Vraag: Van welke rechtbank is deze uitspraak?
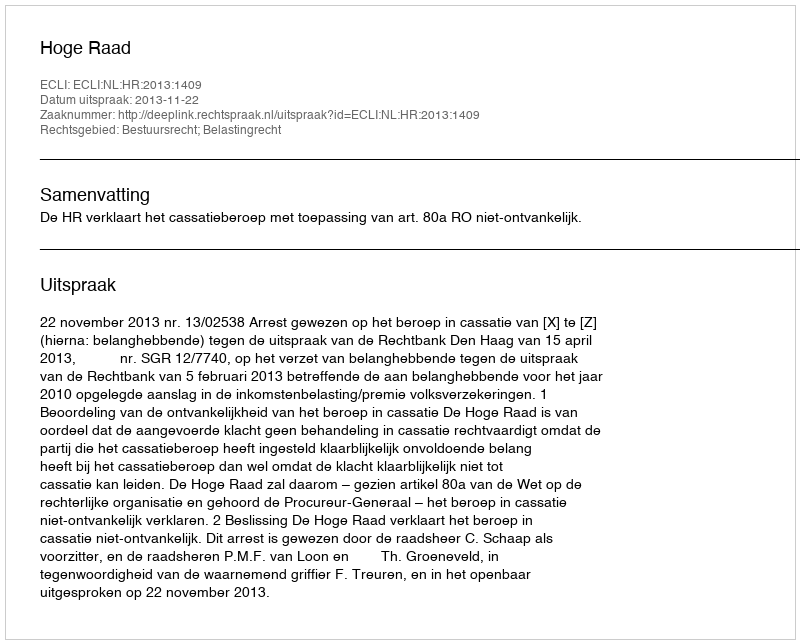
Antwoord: Hoge Raad